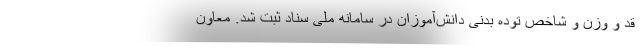
قد و وزن و شاخص توده بدنی دانش‌آموزان در سامانه ملی سناد ثبت شد. معاون